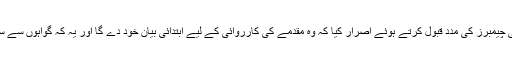
تاہم عبدالمطلب نے وکیل انتھونی چیمبرز کی مدد قبول کرتے ہوئے اصرار کیا کہ وہ مقدمے کی کارروائی کے لیے ابتدائی بیان خود دے گا اور یہ کہ گواہوں سے سوالات بھی وہ خود ہی کرے گا۔